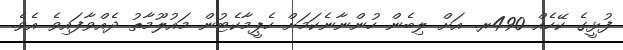
ފުޅީގެ ކޭހެއް 490ރ. އަށް ލިބެން ހުންނާނެކަމަށް ހެޕީމާކެޓުން މައުލޫމާތު ދެއްވާފައިވެ އެވެ.